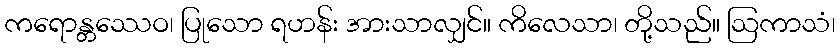
ကရောန္တဿေဝ၊ ပြုသော ရဟန်း အားသာလျှင်။ ကိလေသာ၊ တို့သည်။ ဩကာသံ၊